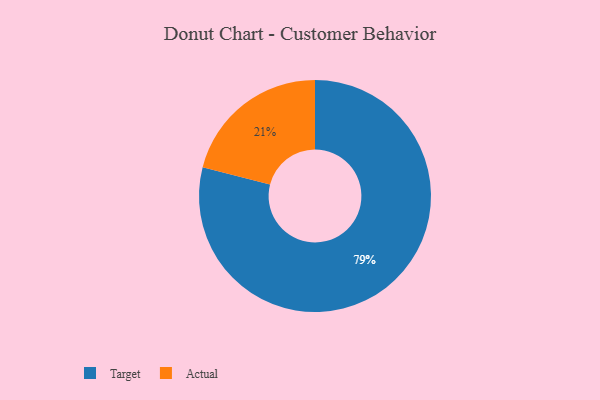
{"axis": {"x": "Category", "y": "Percentage"}, "legend": ["Actual", "Target"], "data": [{"x": "Actual", "y": 21, "type": "Actual"}, {"x": "Target", "y": 79, "type": "Target"}]}